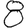
Digit: 8